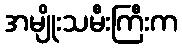
အမျိုးသမီးကြီးက